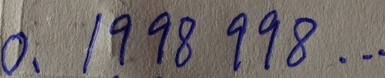
0 . 1 9 9 8 9 9 8 \cdots